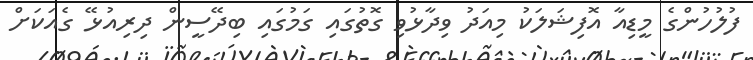
ފުލުހުންގެ މީޑިއާ އޮފިޝަލަކު މިއަދު ވިދާޅުވި ގޮތުގައި ގަމުގައި ބިދޭސީން ދިރިއުޅޭ ގެއަކަށް